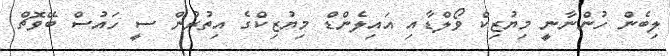
ލިބެން ހުންނާނީ މިޔުޒިކް ވޯލްޑާއި އައިލެންޑް މިޔުޒިކްގެ އިތުރުން ސީ ހައުސް ބޭވޮޗް